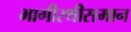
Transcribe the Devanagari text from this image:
भागीरथीसमान